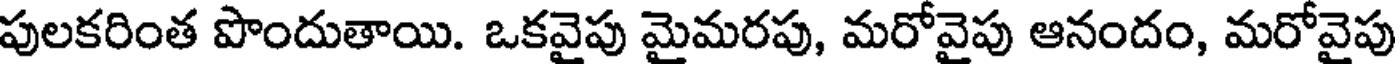
పులకరింత పొందుతాయి. ఒకవైపు మైమరపు, మరోవైపు ఆనందం, మరోవైపు